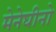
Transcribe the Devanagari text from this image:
मेनेघीनो